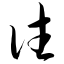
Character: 往